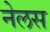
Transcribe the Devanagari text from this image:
नेलस